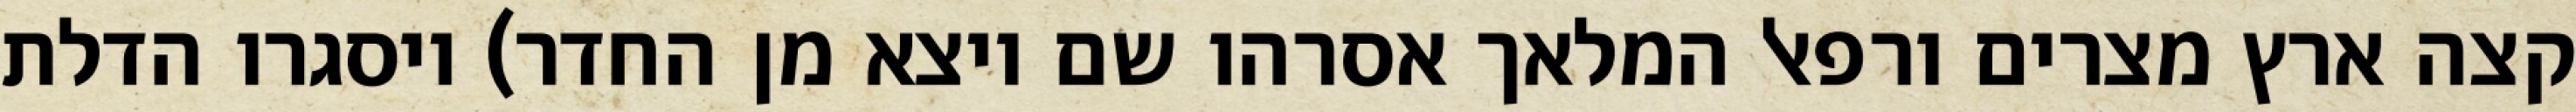
קצה ארץ מצרים ורפאל המלאך אסרהו שם ויצא מן החדר) ויסגרו הדלת